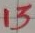
Text: 13